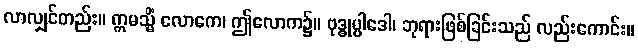
လာလျှင်တည်း။ ဣမသ္မိံ လောကေ၊ ဤလောက၌။ ဗုဒ္ဓုပ္ပါဒေါ၊ ဘုရားဖြစ်ခြင်းသည် လည်းကောင်း။